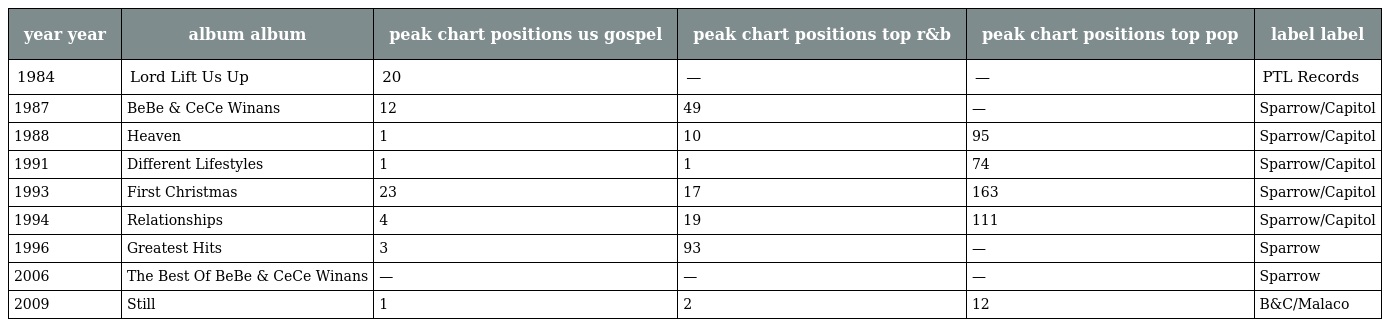
| year year | album album | peak chart positions us gospel | peak chart positions top r&b | peak chart positions top pop | label label |
 | --- | --- | --- | --- | --- | --- |
 | 1984 | Lord Lift Us Up | 20 | — | — | PTL Records |
 | 1987 | BeBe & CeCe Winans | 12 | 49 | — | Sparrow/Capitol |
 | 1988 | Heaven | 1 | 10 | 95 | Sparrow/Capitol |
 | 1991 | Different Lifestyles | 1 | 1 | 74 | Sparrow/Capitol |
 | 1993 | First Christmas | 23 | 17 | 163 | Sparrow/Capitol |
 | 1994 | Relationships | 4 | 19 | 111 | Sparrow/Capitol |
 | 1996 | Greatest Hits | 3 | 93 | — | Sparrow |
 | 2006 | The Best Of BeBe & CeCe Winans | — | — | — | Sparrow |
 | 2009 | Still | 1 | 2 | 12 | B&C/Malaco |